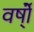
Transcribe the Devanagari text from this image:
वर्षो्ं